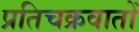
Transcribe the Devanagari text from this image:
प्रतिचक्रवातों